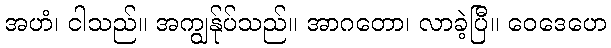
အဟံ၊ ငါသည်။ အကျွန်ုပ်သည်။ အာဂတော၊ လာခဲ့ပြီ။ ဝေဒေဟေ